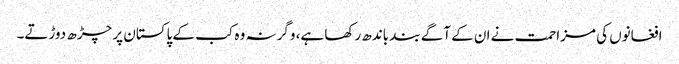
افغانوں کی مزاحمت نے ان کے آگے بند باندھ رکھا ہے، وگرنہ وہ کب کے پاکستان پر چڑھ دوڑتے۔